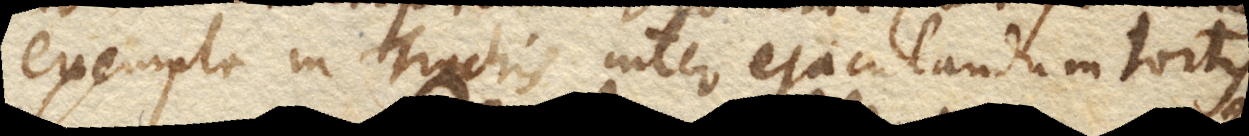
exempla in Trochis inter ejaculandum tortis. +)